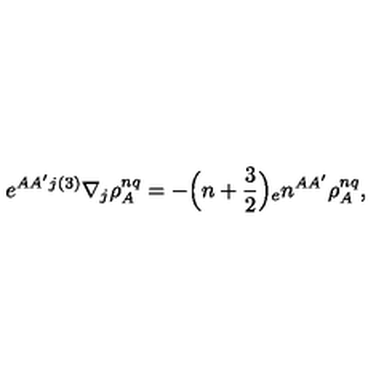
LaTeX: e ^ { A A ^ { \prime } j } { } ^ { ( 3 ) } \nabla _ { j } \rho _ { A } ^ { n q } = - \Bigr ( n + { \frac { 3 } { 2 } } \Bigr ) { _ { e } n ^ { A A ^ { \prime } } } \rho _ { A } ^ { n q } ,